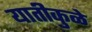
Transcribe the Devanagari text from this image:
यातीकुळे